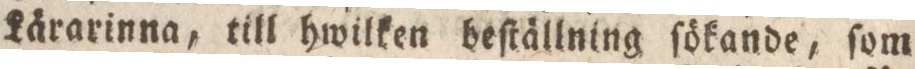
Lärarinna, till hwilken beſtällning ſökande, ſom